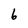
Character: 6